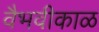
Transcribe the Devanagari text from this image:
वैभवीकाळ